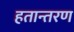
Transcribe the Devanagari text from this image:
हतान्तरण